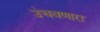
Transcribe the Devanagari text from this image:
उंचवणारा